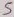
Text: 5